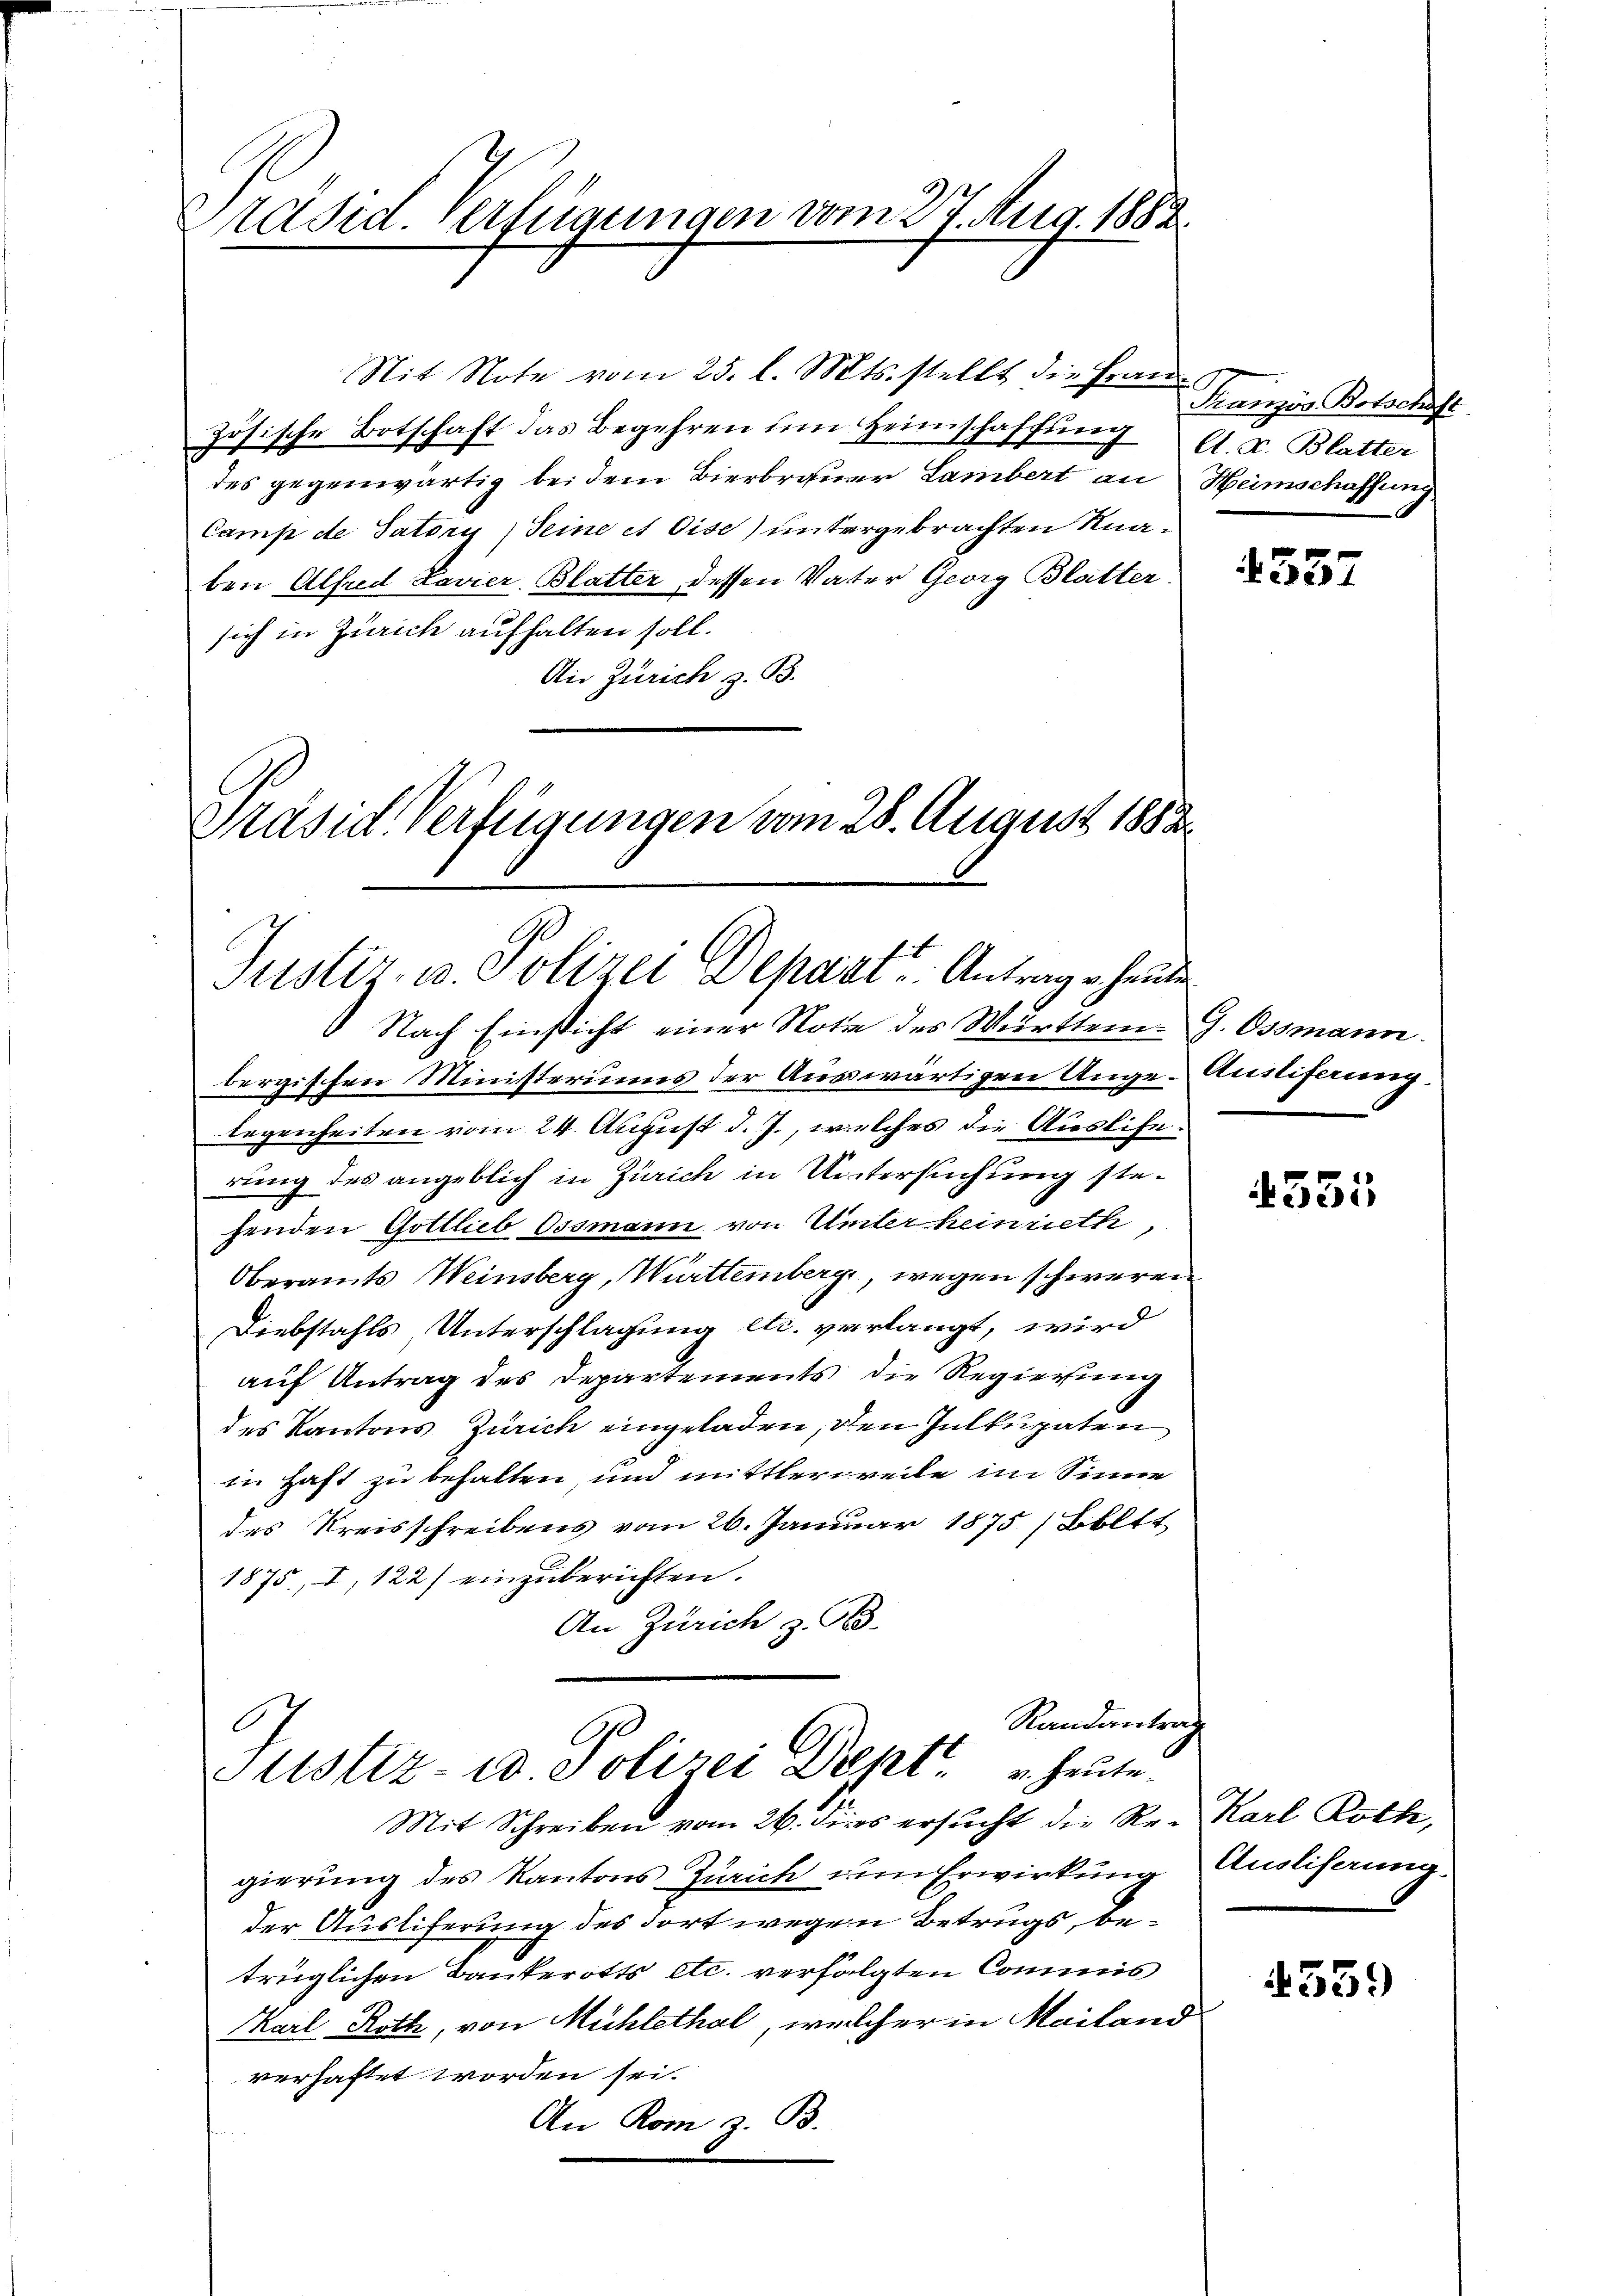
räsid. Verfügungen vom 27. Aug. 1882.

Nit Note vom 25. l. Mts. stellt, die Fraue
zösische Botschaft das Begehren um Heimschaffung
des gegenwärtig bei dem Bierbrauer Lambert an Heimschaffung
Camp de Satori Seine et Oise) untergebrachten Knaben Alfred Lavier. Blatter dessen Vater Georg Blätter
sich in Zürich aufhalten soll.
An Zürich z. B.

Präsid. Verfügungen vom 28. August 1883
Justiz- u. Polizei Depart. Antrage heute

Nach Einsicht einer Note des Württem. G. Ossmann.
bergischen Ministeriums der Auswärtigen Ange-Austiferung.
legenheiten vom 24. August d. J., welches die Ausliferung des angeblich in Zürich in Untersuchung stehenden Gottlieb Ossmann von Unter heinrieth,
Oberamts Weinsberg, Württemberg, wegen schweren
Diebstahls, Unterschlagung etc. verlangt, wird
auf Antrag des Departements die Regierung
des Kantons Zürich eingeladen, den Intkupaten
in Haft zu behalten und mittlerweile im Sinne
des Kreisschreibens vom 26. Januar 1875 / Boltt
1875, I, 122) einzuberichten.
An Zürich z. B.
.
Randantrag
A
Justiz- & Polizei Deptt u. heute.
Mit Schreiben vom 26. dies ersucht die Re-Karl Roth,
gierung des Kantons Zürich um Erwirkung
der Ausliferung des dort wegen Betrugs, betrüglichen Bankerotts etc. verfolgten Commis
Karl Roth, von Mühlethal, welcher in Mailand
verhaftet worden sei.
An Rom z. B.

Französ. Botschaft
A. v. Blatter

4357

4351

Ausliferung

559